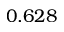
0 . 6 2 8